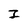
Character: I